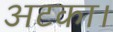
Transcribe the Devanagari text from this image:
अटका।